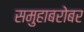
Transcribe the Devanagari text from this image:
समुहाबरोबर